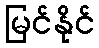
မြင်နိုင်